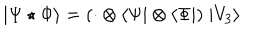
LaTeX: | \Psi \star \Phi \rangle = ( \cdot \otimes \langle \Psi | \otimes \langle \Phi | ) \; | V _ { 3 } \rangle